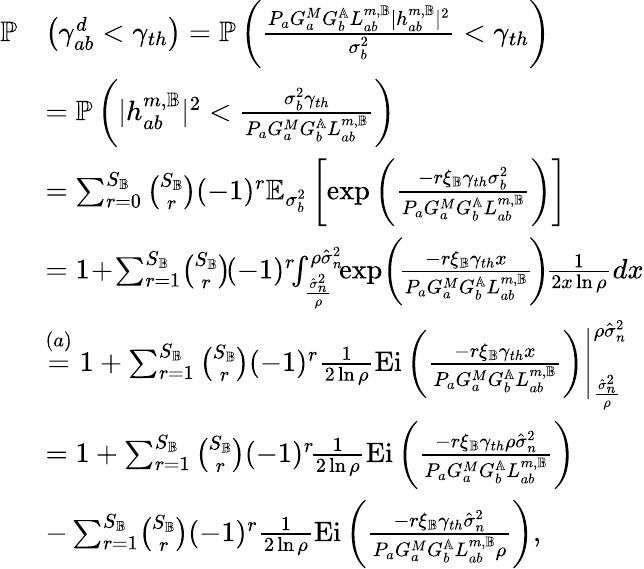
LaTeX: \begin{array}{rl}{\mathbb{P}}&{\left(\gamma_{ab}^{d}<\gamma_{th}\right)=\mathbb{P}\left(\frac{P_{a}G_{a}^{M}G_{b}^{\mathbb{A}}L_{ab}^{m,\mathbb{B}}|{h}_{ab}^{m,\mathbb{B}}|^{2}}{\sigma_{b}^{2}}<\gamma_{th}\right)}\\ &{=\mathbb{P}\left(|{h}_{ab}^{m,\mathbb{B}}|^{2}<\frac{\sigma_{b}^{2}\gamma_{th}}{P_{a}G_{a}^{M}G_{b}^{\mathbb{A}}L_{ab}^{m,\mathbb{B}}}\right)}\\ &{=\sum_{r=0}^{S_{\mathbb{B}}}\binom{S_{\mathbb{B}}}{r}(-1)^{r}\mathbb{E}_{\sigma_{b}^{2}}\left[\exp\left({\frac{-r\xi_{\mathbb{B}}\gamma_{th}\sigma_{b}^{2}}{P_{a}G_{a}^{M}G_{b}^{\mathbb{A}}L_{ab}^{m,\mathbb{B}}}}\right)\right]}\\ &{=1\! +\! \sum_{r=1}^{S_{\mathbb{B}}}\! \binom{S_{\mathbb{B}}}{r}\! (-1)^{r}\! \! \int_{\frac{\hat{\sigma}_{n}^{2}}{\rho}}^{\rho\hat{\sigma}_{n}^{2}}\! \! \exp\! \left(\! {\frac{-r\xi_{\mathbb{B}}\gamma_{th}x}{P_{a}G_{a}^{M}G_{b}^{\mathbb{A}}L_{ab}^{m,\mathbb{B}}}}\! \right)\! \frac{1}{2x\ln{\rho}}dx}\\ &{\overset{(a)}{=}1+\sum_{r=1}^{S_{\mathbb{B}}}\binom{S_{\mathbb{B}}}{r}(-1)^{r}\frac{1}{2\ln{\rho}}\mathrm{Ei}\left({\frac{-r\xi_{\mathbb{B}}\gamma_{th}x}{P_{a}G_{a}^{M}G_{b}^{\mathbb{A}}L_{ab}^{m,\mathbb{B}}}}\right)\Bigg|_{\frac{\hat{\sigma}_{n}^{2}}{\rho}}^{\rho\hat{\sigma}_{n}^{2}}}\\ &{=1+\sum_{r=1}^{S_{\mathbb{B}}}\binom{S_{\mathbb{B}}}{r}(-1)^{r}\! \frac{1}{2\ln{\rho}}\mathrm{Ei}\left({\frac{-r\xi_{\mathbb{B}}\gamma_{th}\rho\hat{\sigma}_{n}^{2}}{P_{a}G_{a}^{M}G_{b}^{\mathbb{A}}L_{ab}^{m,\mathbb{B}}}}\right)}\\ &{-\sum_{r=1}^{S_{\mathbb{B}}}\! \binom{S_{\mathbb{B}}}{r}(-1)^{r}\frac{1}{2\ln{\rho}}\mathrm{Ei}\left({\frac{-r\xi_{\mathbb{B}}\gamma_{th}\hat{\sigma}_{n}^{2}}{P_{a}G_{a}^{M}G_{b}^{\mathbb{A}}L_{ab}^{m,\mathbb{B}}\rho}}\right),}\end{array}